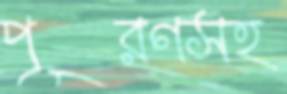
পূরণসহ